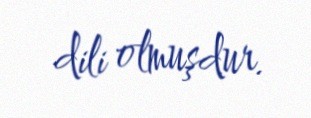
dili olmuşdur.